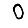
Digit: 0